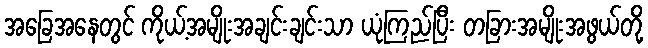
အခြေအနေတွင် ကိုယ့်အမျိုးအချင်းချင်းသာ ယုံကြည်ပြီး တခြားအမျိုးအဖွယ်တို့